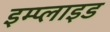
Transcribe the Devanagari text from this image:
इम्प्‍लाइड